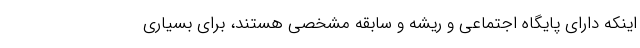
اینکه دارای پایگاه اجتماعی و ریشه و سابقه مشخصی هستند، برای بسیاری